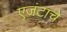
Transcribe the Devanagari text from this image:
एजंटाचे